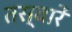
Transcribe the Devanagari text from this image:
तस्‍वारें